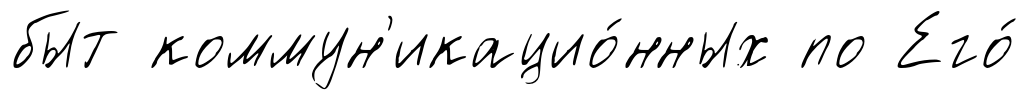
быт коммун'икацио́нных по Его́